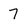
Character: 7